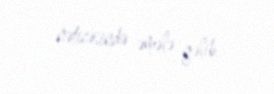
nəticəsində əmələ gəlib.